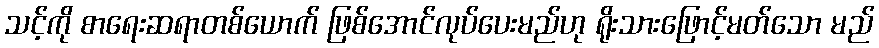
သင့်ကို စာရေးဆရာတစ်ယောက် ဖြစ်အောင်လုပ်ပေးမည်ဟု ရိုးသားဖြောင့်မတ်သော မည်